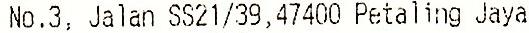
NO.3, JALAN SS21/39,47400 PETALING JAYA